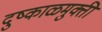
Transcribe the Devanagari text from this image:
दुष्काळमुक्ती